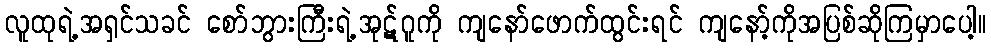
လူထုရဲ့အရှင်သခင် စော်ဘွားကြီးရဲ့အုဋ်ဂူကို ကျနော်ဖောက်ထွင်းရင် ကျနော့်ကိုအပြစ်ဆိုကြမှာပေါ့။